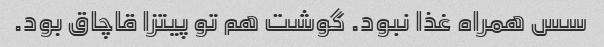
سس همراه غذا نبود. گوشت هم تو پیتزا قاچاق بود.